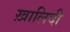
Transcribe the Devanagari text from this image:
ख़ालिदी